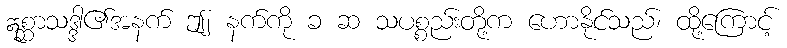
ဣစ္ဆာသဒ္ဒါ၏အနက် ဤ၂ နက်ကို ခ ဆ သပစ္စည်းတို့က ဟောနိုင်သည်၊ ထို့ကြောင့်